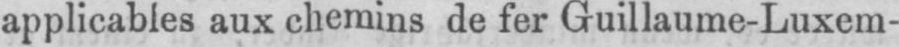
applicables aux chemins de fer Guillaume-Luxem-